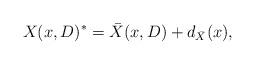
LaTeX: \begin{align*}X(x,D)^*=\bar{X}(x,D)+d_{\bar{X}}(x),\end{align*}